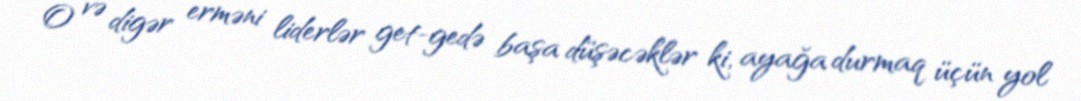
O və digər erməni liderlər get-gedə başa düşəcəklər ki, ayağa durmaq üçün yol